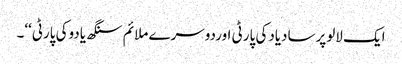
ایک لالوپرسادیادکی پارٹی اوردوسرے ملائم سنگھ یادوکی پارٹی‘‘۔